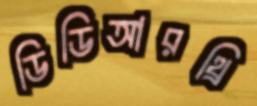
ডিডিআরথ্রি